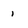
Character: 1